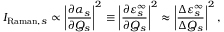
I _ { \mathrm { R a m a n } , s } \propto \left| \frac { \partial \alpha _ { s } } { \partial Q _ { s } } \right| ^ { 2 } \equiv \left| \frac { \partial \varepsilon _ { s } ^ { \infty } } { \partial Q _ { s } } \right| ^ { 2 } \approx \left| \frac { \Delta \varepsilon _ { s } ^ { \infty } } { \Delta Q _ { s } } \right| ^ { 2 } ,